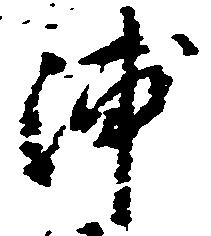
浦